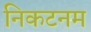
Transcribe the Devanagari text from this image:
निकटनम